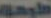
طرحة